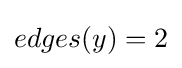
edges(y)=2